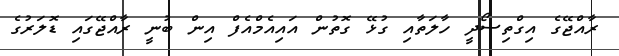
ރާއްޖޭގެ އިގްތިސޯދީ ހާލަތާއި ގުޅޭ ގޮތުން އައިއެމްއެފް އިން ބުނީ ރާއްޖޭގައި ޑޮލަރުގެ